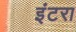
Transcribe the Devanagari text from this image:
इंटरा